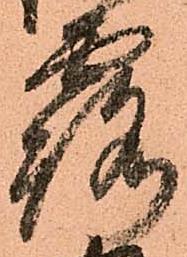
露